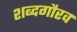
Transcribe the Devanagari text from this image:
शब्दगौरव